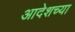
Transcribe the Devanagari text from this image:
आदेशच्या